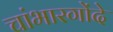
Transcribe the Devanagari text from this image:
चांभारगोंदे